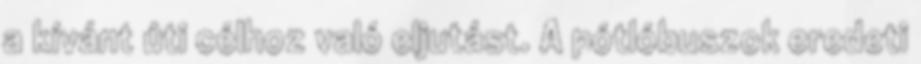
a kívánt úti célhoz való eljutást. A pótlóbuszok eredeti